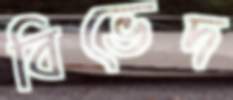
বিভেদ